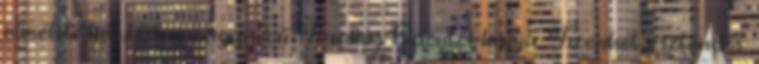
elméleti képzést a nagynevű Farkas Ödöntől kapja. Tizenhét esztendős,